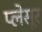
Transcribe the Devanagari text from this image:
प्लेसूर